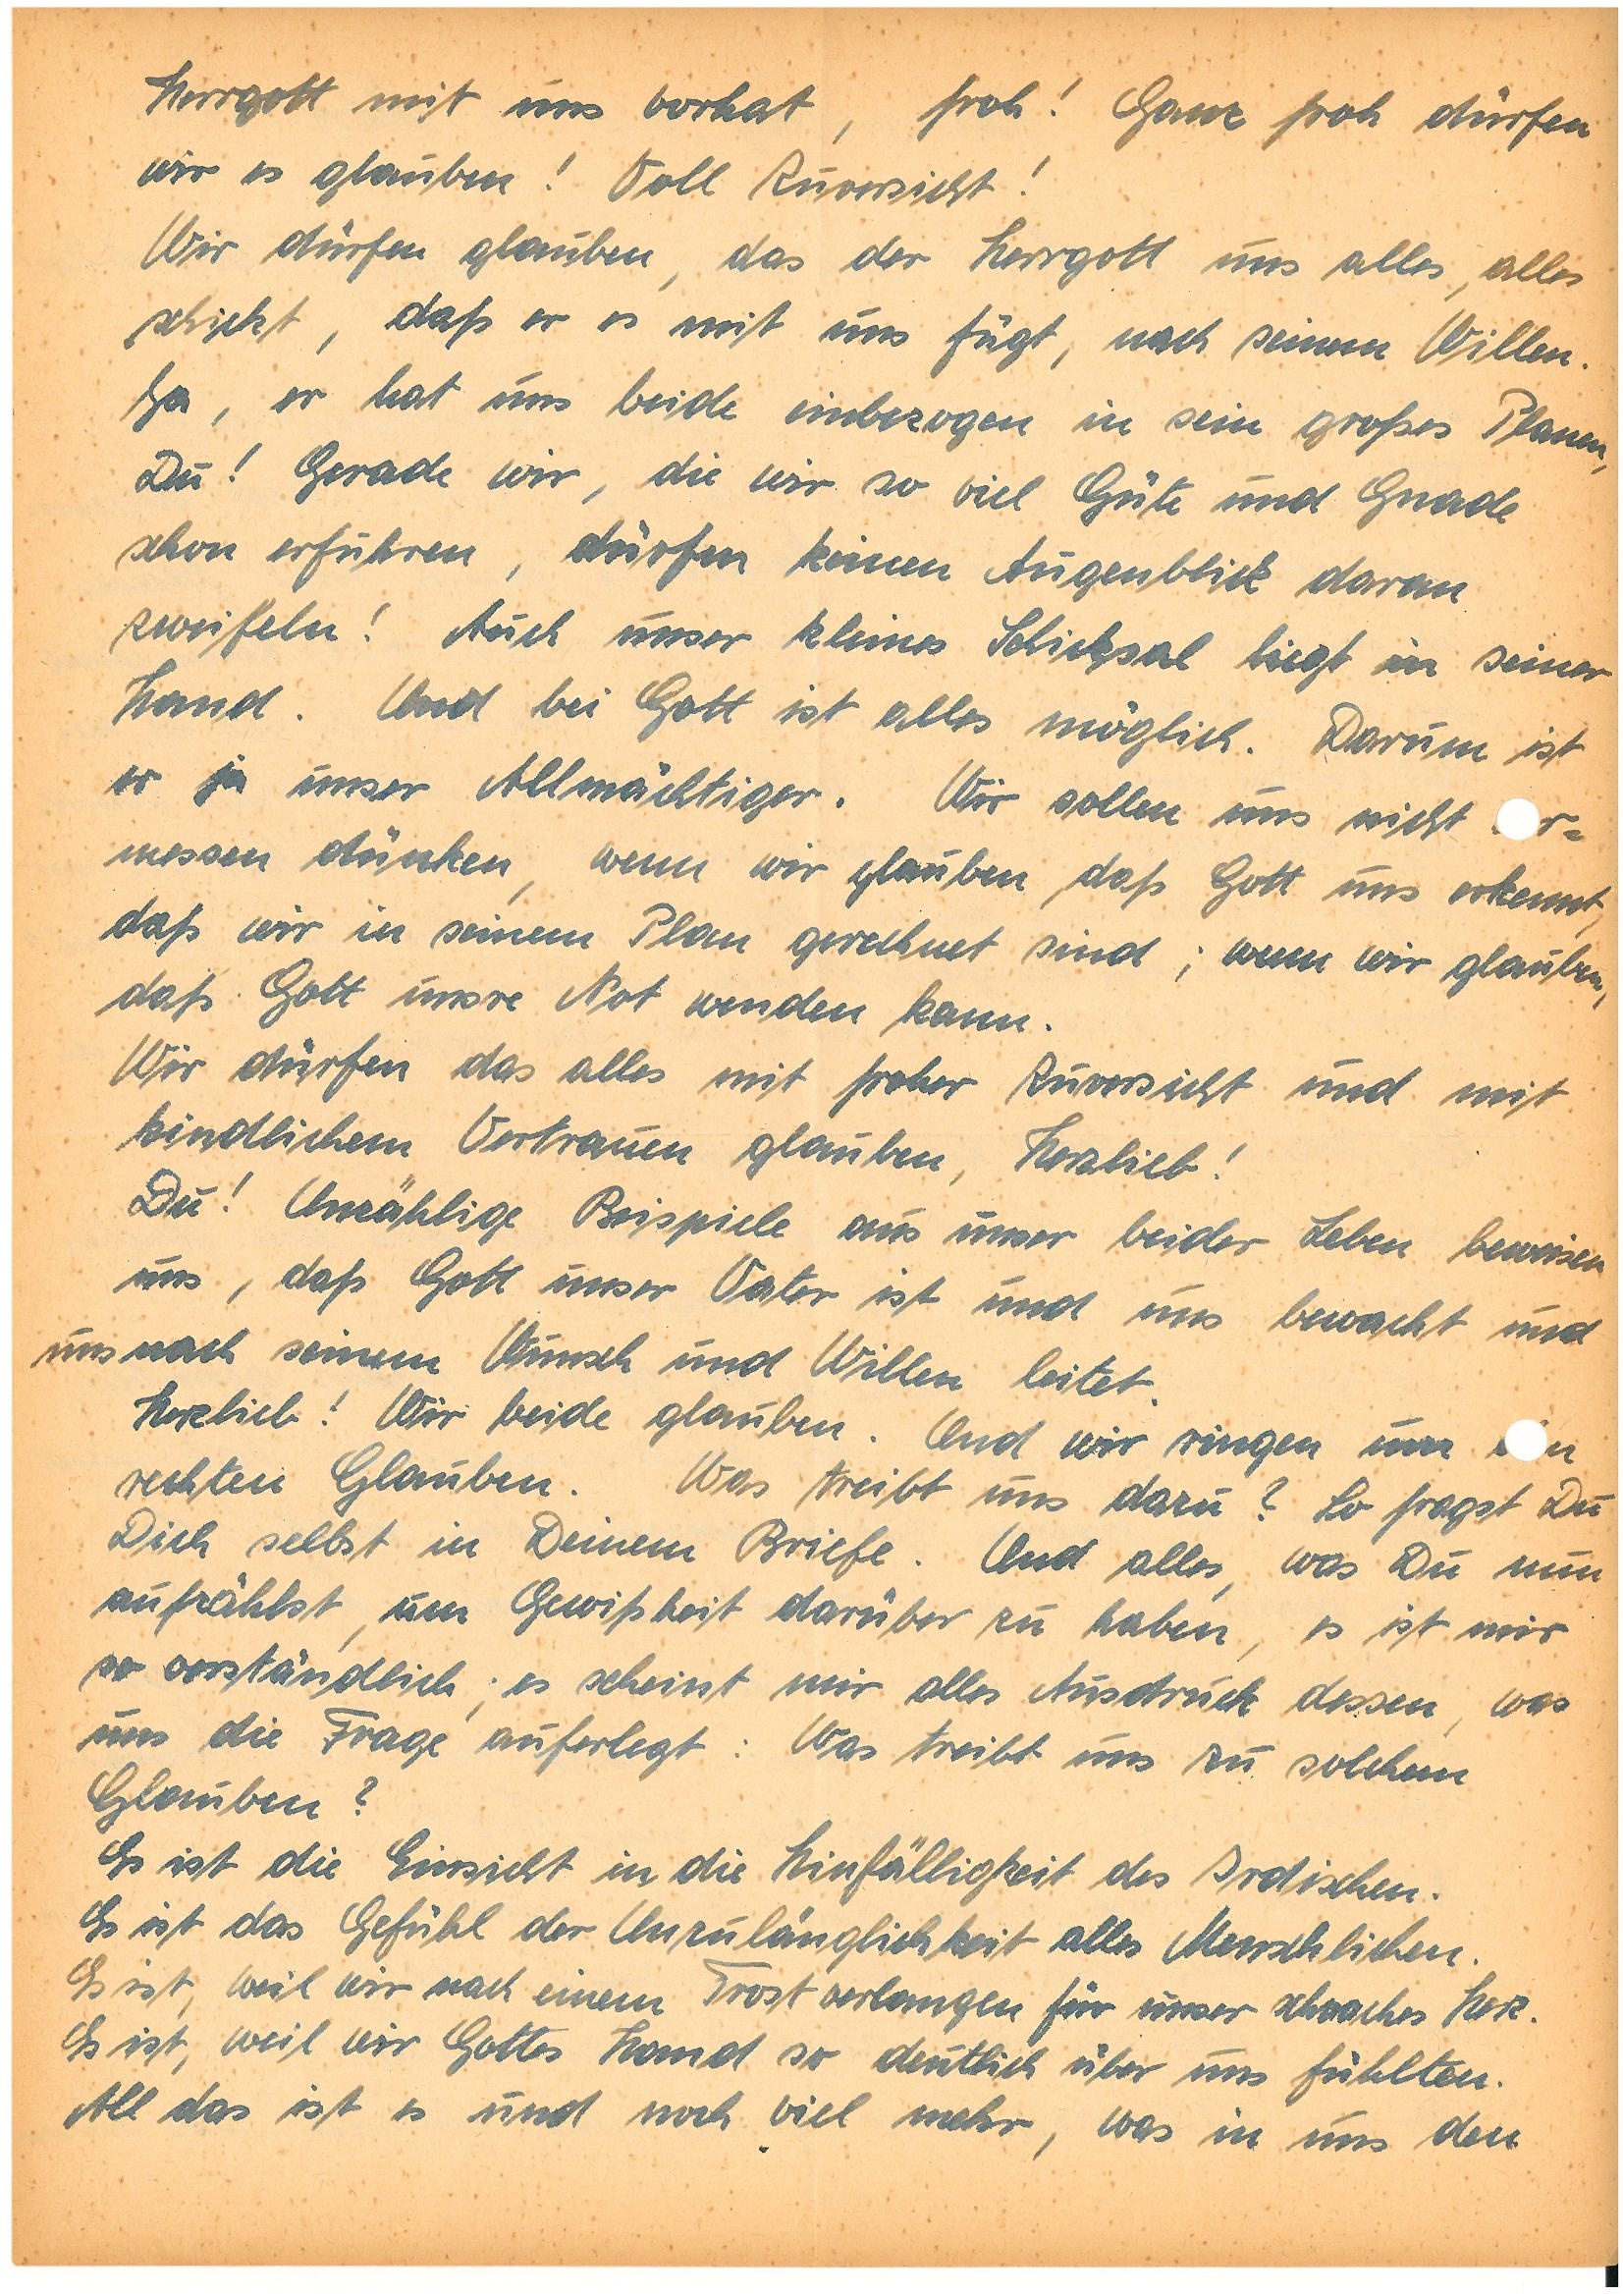
Herrgott mit uns vorhat, froh! Ganz froh dürfen
wir es glauben! Voll Zuversicht!
Wir dürfen glauben, das der Herrgott uns alles, alles
schickt, daß er es mit uns fügt, nach seinem Willen.
Ja, er hat uns beide einbezogen in sein großes Planen,
Du! Gerade wir, die wir so viel Güte und Gnade
schon erfuhren, dürfen keinen Augenblick daran
zweifeln! Auch unser kleines Schicksal liegt in seiner
Hand. Und bei Gott ist alles möglich. Darum ist
er ja unser Allmächtiger. Wir sollen uns nicht r¬
messen dünken, wenn wir glauben, daß Gott uns erkennt,
daß wir in seinem Plan gerechnet sind; wenn wir glauben,
daß Gott unsre Not wenden kann.
Wir dürfen das alles mit froher Zuversicht und mit
kindlichem Vertrauen glauben, Herzlieb!
Du! Unzählige Beispiele aus unser beider Leben beweisen
uns, daß Gott unser Vater ist und uns bewacht und
uns nach seinem Wunsch und Willen leitet.
Herzlieb! Wir beide glauben. Und wir ringen um n
rechten Glauben. Was treibt uns dazu? So fragst Du
Dich selbst in Deinem Briefe. Und alles, was Du nun
aufzählst, um Gewissheit darüber zu haben, es ist mir
so verständlich; es scheint mir alles Ausdruck dessen, was
uns die Frage auferlegt: Was treibt uns zu solchem
Glauben?
Es ist die Einsicht in die Hinfälligkeit des Irdischen.
Es ist das Gefühl der Unzulänglichkeit alles Menschlichen.
Es ist, weil wir nach einem Trost verlangen für unser schwaches Herz.
Es ist, weil wir Gottes Hand so deutlich über uns fühlten.
All das ist es und noch viel mehr, was in uns den